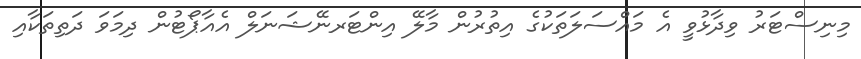
މިނިސްޓަރު ވިދާޅުވީ އެ މައްސަލަތަކުގެ އިތުރުން މާލޭ އިންޓަރނޭޝަނަލް އެއާޕޯޓުން ދިމަވަ ދަތިތަކާއި